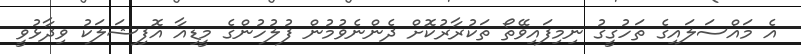
އެ މައްސަލައިގެ ތަހުގީގު ނިމިފައިވޭތޯ ތަކުރާރުކޮށް ދެންނެވުމުން ފުލުހުންގެ މީޑިއާ އޮފިޝަލަކު ވިދާޅުވީ